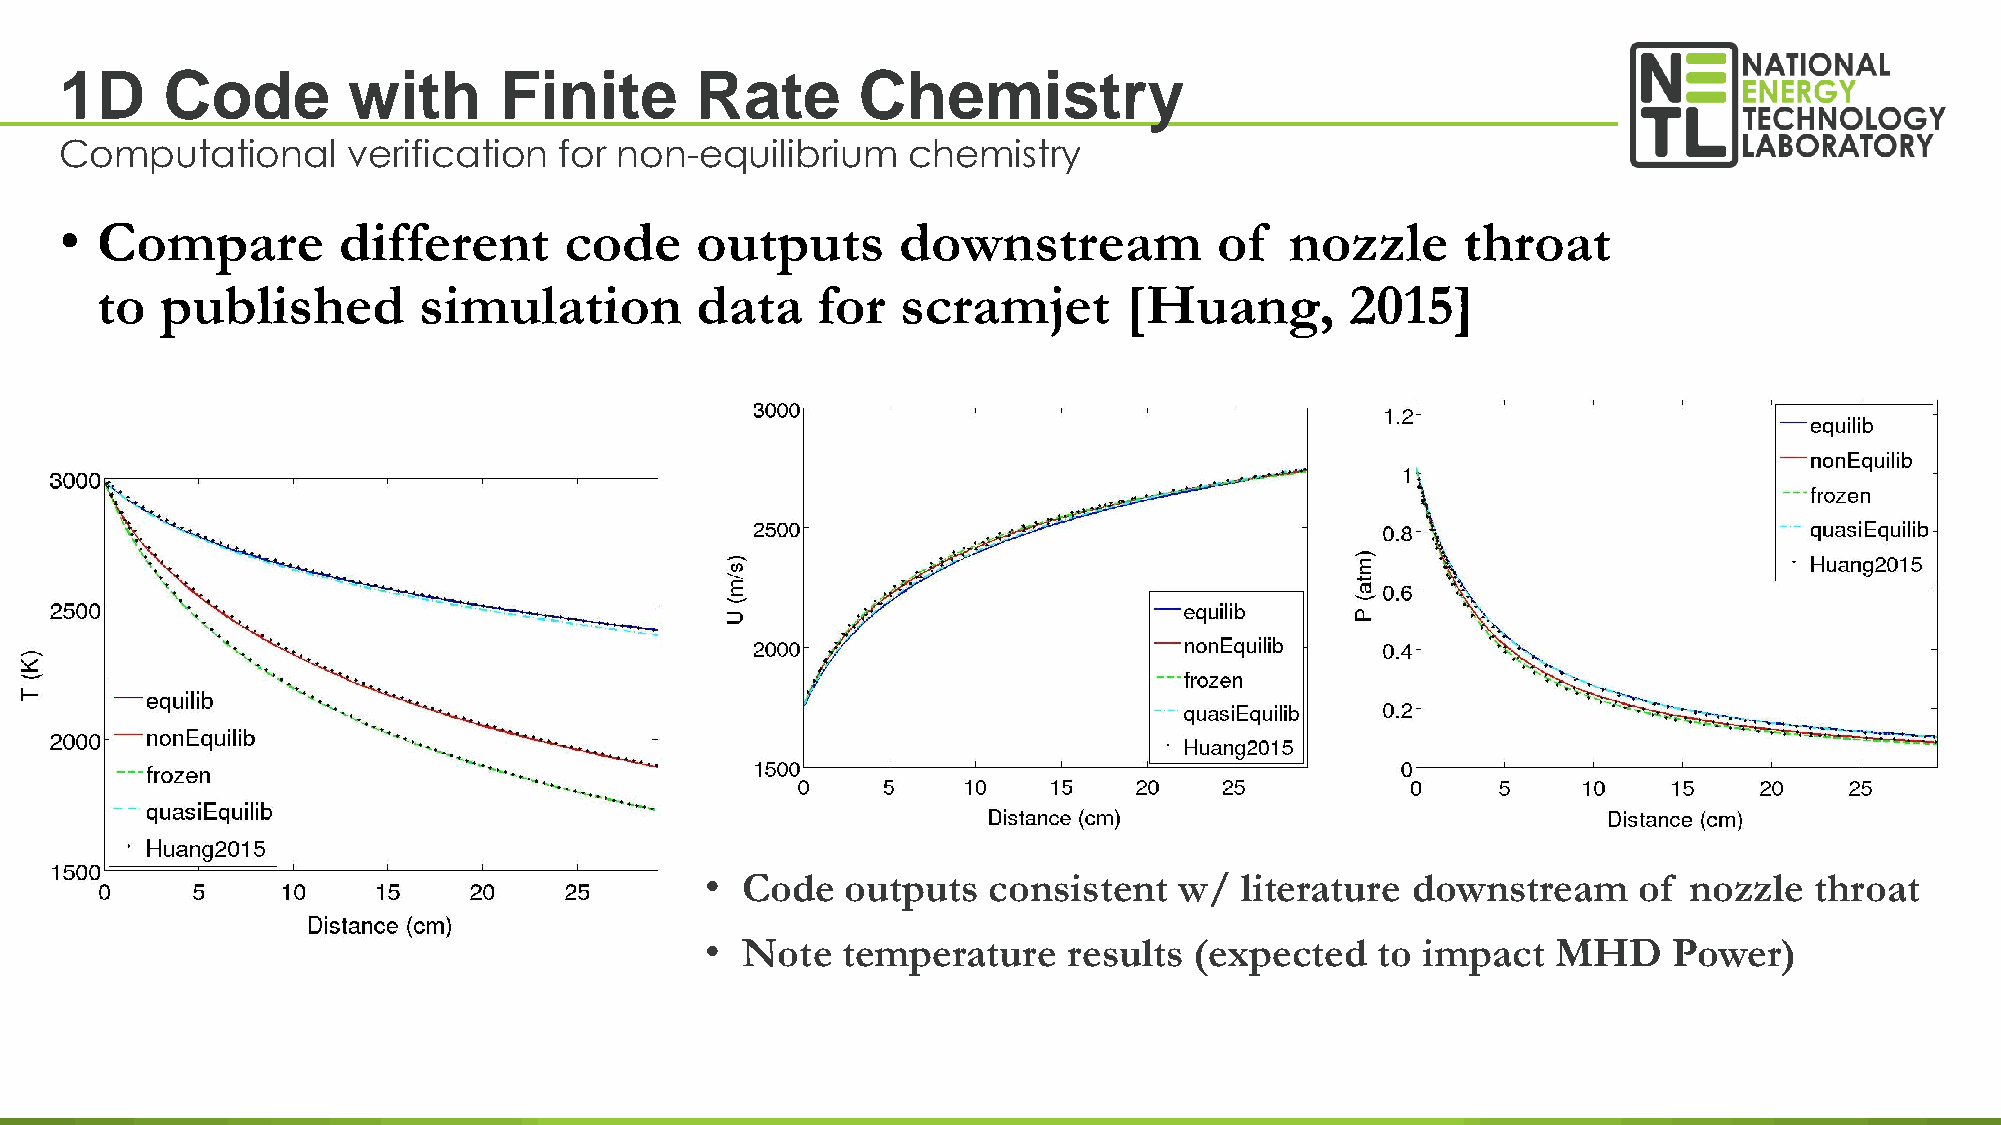
1D     Code        with      Finite       Rate       Chemistry
 Computational      verification  for non-equilibrium    chemistry
 • Compare         different      code     outputs      downstream            of  nozzle      throat
 to   published        simulation        data    for   scramjet      [Huang,        2015]
 • Code   outputs  consistent   w/  literature downstream     of  nozzle  throat
 • Note   temperature    results (expected   to impact   MHD     Power)
 34